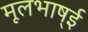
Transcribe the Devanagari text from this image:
मूलभाष्ई